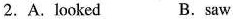
2.A.Lookec B.saw